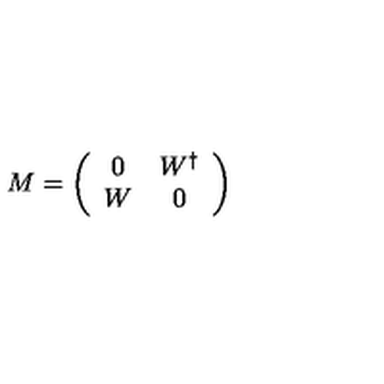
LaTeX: M = \left( \begin{array} { c c } { 0 } & { W ^ { \dagger } } \\ { W } & { 0 } \\ \end{array} \right)